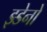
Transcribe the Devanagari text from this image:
झ्डेनो